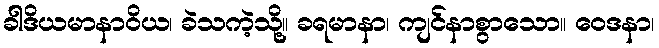
ခါဒိယမာနာဝိယ၊ ခဲသကဲ့သို့။ ခရမာနာ၊ ကျင်နာစွာသော။ ဝေဒနာ၊